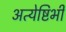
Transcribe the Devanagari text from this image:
अत्येष्टिभी